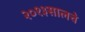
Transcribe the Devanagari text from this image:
२०१३सालचेे